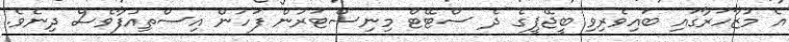
އެ މުޒާހަރާގައި ބައިވެރިވި ބީޖޭޕީގެ ދެ ސްޓޭޓް މިނިސްޓަރުން ފަހުން އިސްތިއުފާވެސް ދިނެވެ.